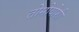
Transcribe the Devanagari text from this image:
तोमोयोशी